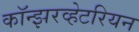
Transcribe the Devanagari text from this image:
कॉन्झरव्हेटरियन